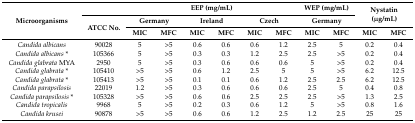
<table><thead><tr><td rowspan="3"><b>Microorganisms</b></td><td></td><td colspan="6"><b>EEP (mg/mL)</b></td><td colspan="2"><b>WEP (mg/mL)</b></td><td rowspan="2" colspan="2"><b>Nystatin (μg/mL)</b></td></tr><tr><td rowspan="2"><b>ATCC No.</b></td><td colspan="2"><b>Germany</b></td><td colspan="2"><b>Ireland</b></td><td colspan="2"><b>Czech</b></td><td colspan="2"><b>Germany</b></td></tr><tr><td><b>MIC</b></td><td><b>MFC</b></td><td><b>MIC</b></td><td><b>MFC</b></td><td><b>MIC</b></td><td><b>MFC</b></td><td><b>MIC</b></td><td><b>MFC</b></td><td><b>MIC</b></td><td><b>MFC</b></td></tr></thead><tbody><tr><td><i>Candida albicans</i></td><td>90028</td><td>5</td><td>&gt;5</td><td>0.6</td><td>0.6</td><td>0.6</td><td>1.2</td><td>2.5</td><td>5</td><td>0.2</td><td>0.4</td></tr><tr><td><i>Candida albicans</i> *</td><td>105366</td><td>5</td><td>&gt;5</td><td>0.3</td><td>0.3</td><td>1.2</td><td>2.5</td><td>2.5</td><td>&gt;5</td><td>0.2</td><td>0.4</td></tr><tr><td><i>Candida glabrata</i> MYA</td><td>2950</td><td>5</td><td>&gt;5</td><td>0.3</td><td>0.6</td><td>0.6</td><td>0.6</td><td>5</td><td>&gt;5</td><td>0.2</td><td>0.4</td></tr><tr><td><i>Candida glabrata</i> *</td><td>105410</td><td>&gt;5</td><td>&gt;5</td><td>0.6</td><td>1.2</td><td>2.5</td><td>5</td><td>5</td><td>&gt;5</td><td>6.2</td><td>12.5</td></tr><tr><td><i>Candida glabrata</i> *</td><td>105413</td><td>&gt;5</td><td>&gt;5</td><td>0.1</td><td>0.1</td><td>0.6</td><td>1.2</td><td>2.5</td><td>2.5</td><td>6.2</td><td>12.5</td></tr><tr><td><i>Candida parapsilosis</i></td><td>22019</td><td>1.2</td><td>&gt;5</td><td>0.3</td><td>0.6</td><td>0.6</td><td>0.6</td><td>2.5</td><td>5</td><td>0.4</td><td>0.8</td></tr><tr><td><i>Candida parapsilosis</i> *</td><td>105328</td><td>&gt;5</td><td>&gt;5</td><td>0.6</td><td>0.6</td><td>2.5</td><td>2.5</td><td>2.5</td><td>&gt;5</td><td>1.3</td><td>2.5</td></tr><tr><td><i>Candida tropicalis</i></td><td>9968</td><td>5</td><td>&gt;5</td><td>0.2</td><td>0.3</td><td>0.6</td><td>1.2</td><td>5</td><td>&gt;5</td><td>0.8</td><td>1.6</td></tr><tr><td><i>Candida krusei</i></td><td>90878</td><td>&gt;5</td><td>&gt;5</td><td>0.6</td><td>0.6</td><td>1.2</td><td>2.5</td><td>1.2</td><td>2.5</td><td>25</td><td>25</td></tr></tbody></table>